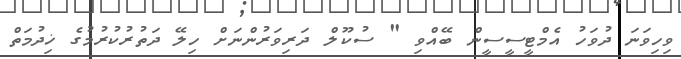
ވިހިވަނަ ދުވަހު އެމްޓީސީސީން ބޭއްވި " ސުކޫލް ދަރިވަރުންނަށް ހިލޭ ދަތުރުކުރުމުގެ ޚިދުމަތް